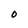
Character: o